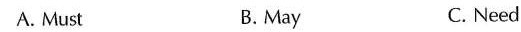
A. Must B.May C. Need